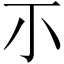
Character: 𡭕